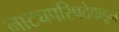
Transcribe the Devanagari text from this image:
नाट्यपरिषदेकडून